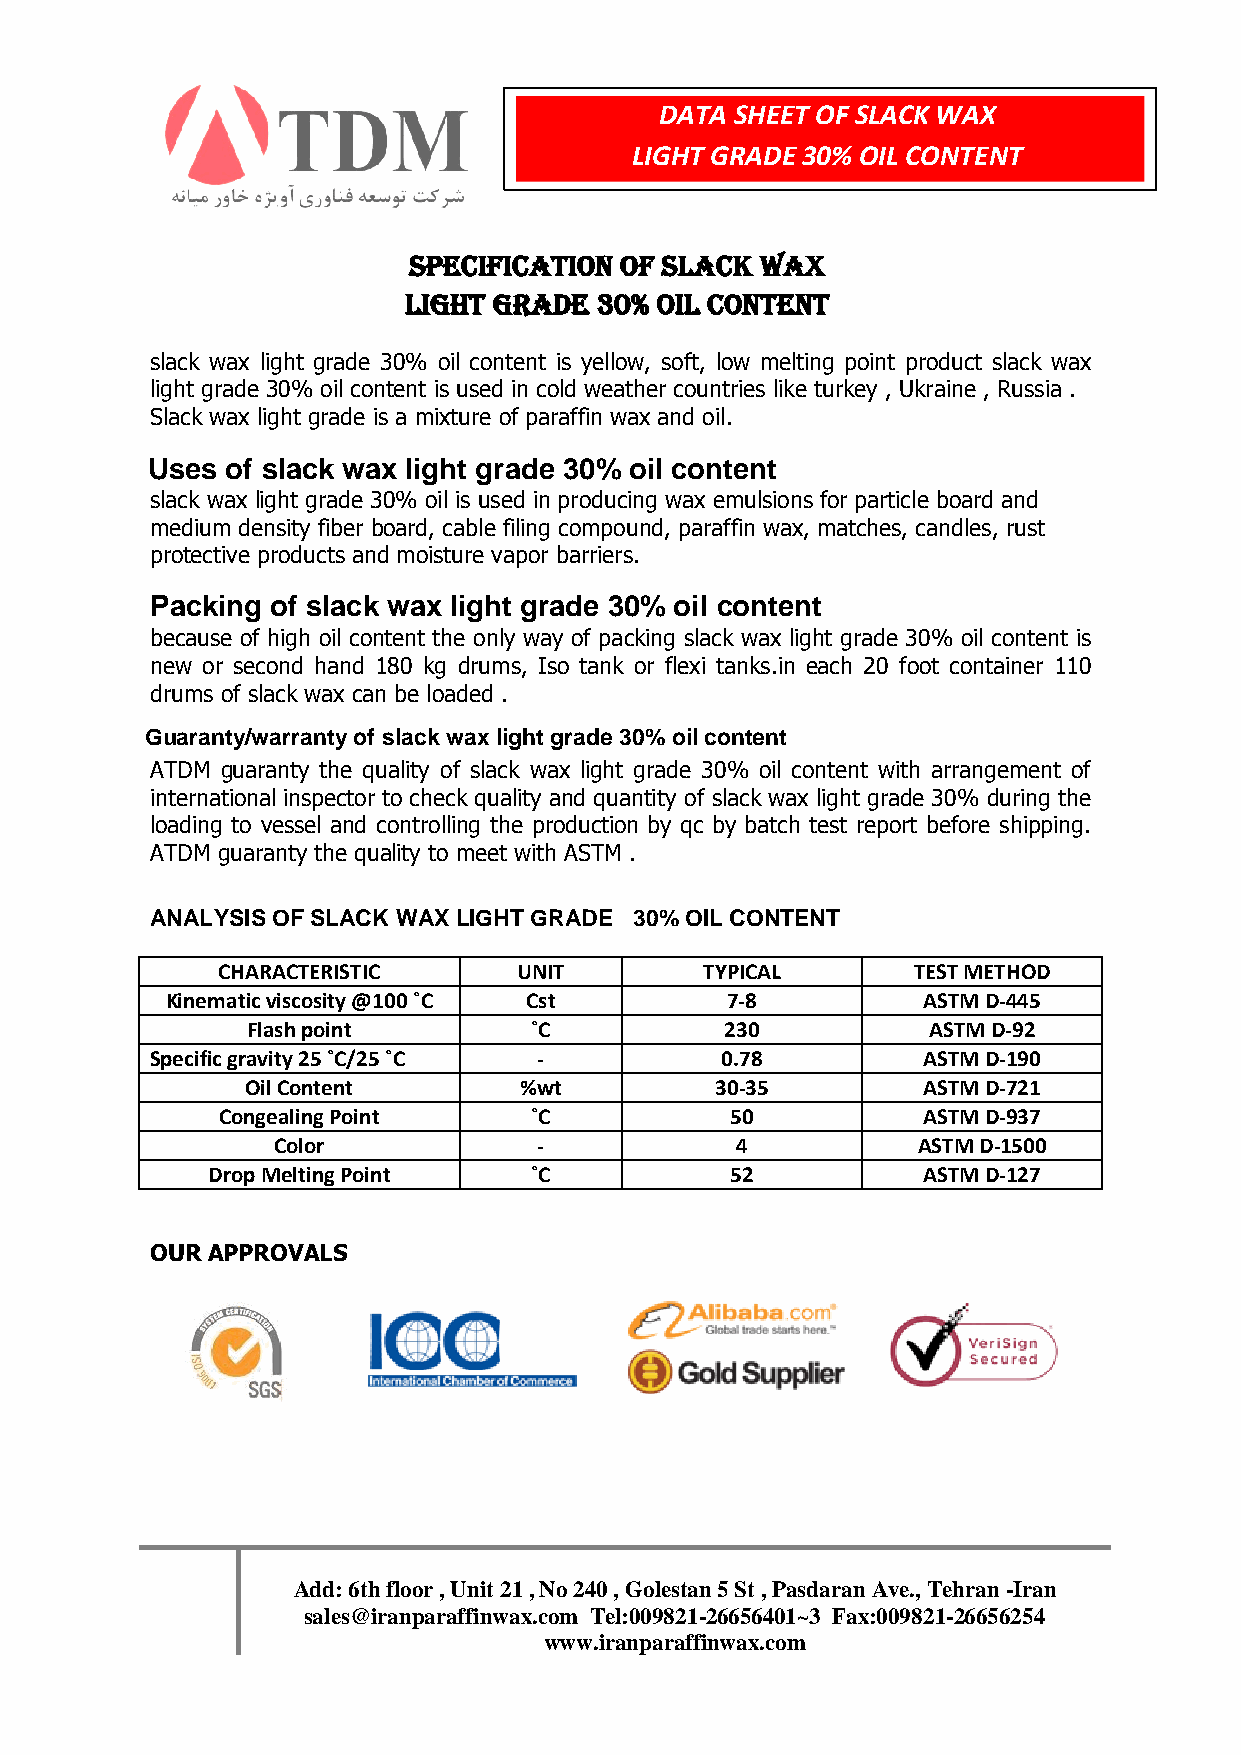
DATA SHEET OF SLACK WAX
 LIGHT GRADE 30% OIL CONTENT
 SPECIFICATION OF SLACK WAX
 LIGHT GRADE 30% OIL CONTENT
 slack wax light grade 30% oil content is yellow, soft, low melting point product slack wax
 light grade 30% oil content is used in cold weather countries like turkey , Ukraine , Russia .
 Slack wax light grade is a mixture of paraffin wax and oil.
 Uses of slack wax light grade 30% oil content
 slack wax light grade 30% oil is used in producing wax emulsions for particle board and
 medium density fiber board, cable filing compound, paraffin wax, matches, candles, rust
 protective products and moisture vapor barriers.
 Packing of slack wax light grade 30% oil content
 because of high oil content the only way of packing slack wax light grade 30% oil content is
 new or second hand 180 kg drums, Iso tank or flexi tanks.in each 20 foot container 110
 drums of slack wax can be loaded .
 Guaranty/warranty of slack wax light grade 30% oil content
 ATDM guaranty the quality of slack wax light grade 30% oil content with arrangement of
 international inspector to check quality and quantity of slack wax light grade 30% during the
 loading to vessel and controlling the production by qc by batch test report before shipping.
 ATDM guaranty the quality to meet with ASTM .
 ANALYSIS OF SLACK WAX LIGHT GRADE 30% OIL CONTENT
 CHARACTERISTIC      UNIT         TYPICAL      TEST METHOD
 Kinematic viscosity @100 ˚C Cst      7-8          ASTM D-445
 Flash point        ˚C           230          ASTM D-92
 Specific gravity 25 ˚C/25 ˚C -        0.78         ASTM D-190
 Oil Content       %wt          30-35         ASTM D-721
 Congealing Point     ˚C           50           ASTM D-937
 Color             -            4           ASTM D-1500
 Drop Melting Point   ˚C           52           ASTM D-127
 OUR APPROVALS
 Add: 6th floor , Unit 21 , No 240 , Golestan 5 St , Pasdaran Ave., Tehran -Iran
 sales@iranparaffinwax.com Tel:009821-26656401~3 Fax:009821-26656254
 www.iranparaffinwax.com